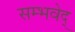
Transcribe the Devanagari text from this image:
सम्भवेद्